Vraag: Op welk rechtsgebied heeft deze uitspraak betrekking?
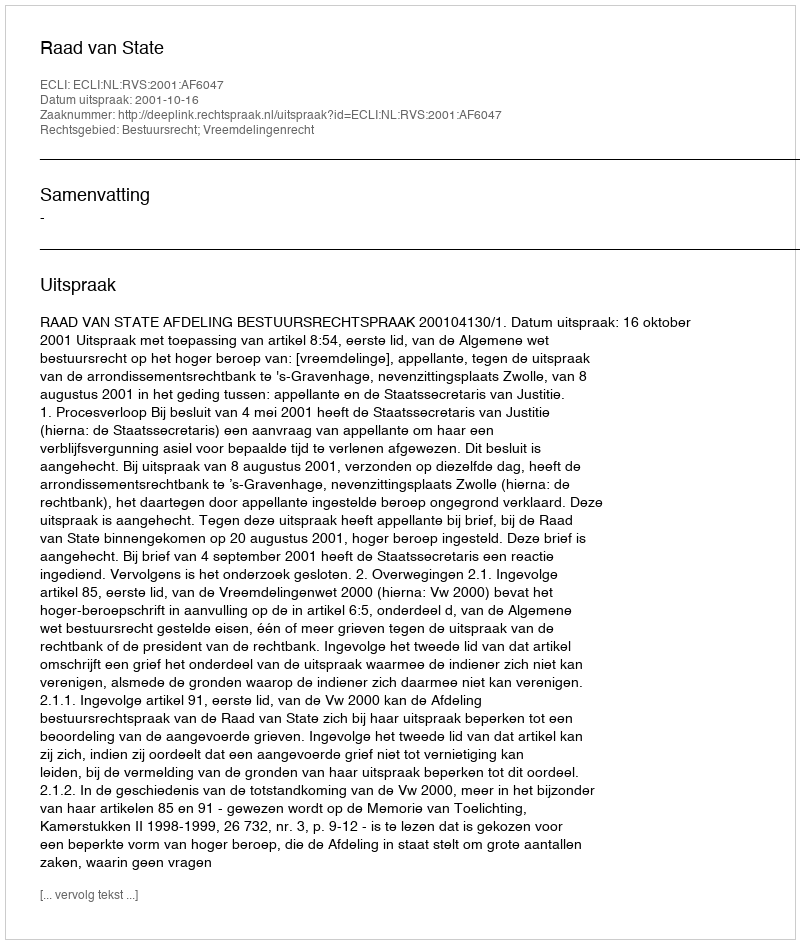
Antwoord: Bestuursrecht; Vreemdelingenrecht